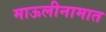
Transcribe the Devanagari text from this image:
माऊलीनामात